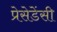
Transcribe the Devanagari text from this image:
प्रेसेडेंसी